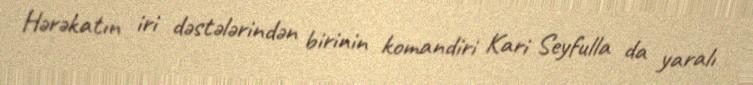
Hərəkatın iri dəstələrindən birinin komandiri Kari Seyfulla da yaralı